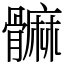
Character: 髍